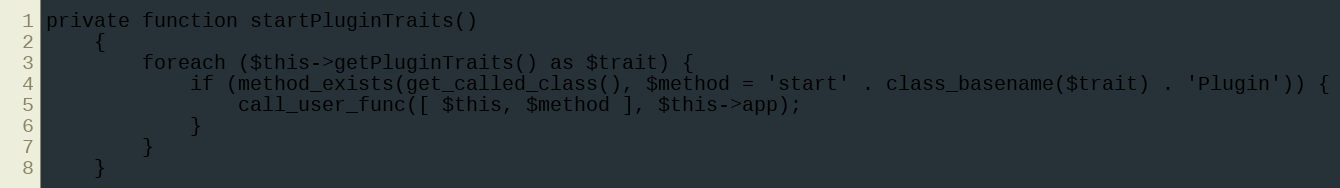
Language: PHP
private function startPluginTraits()
    {
        foreach ($this->getPluginTraits() as $trait) {
            if (method_exists(get_called_class(), $method = 'start' . class_basename($trait) . 'Plugin')) {
                call_user_func([ $this, $method ], $this->app);
            }
        }
    }